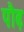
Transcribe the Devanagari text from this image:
पौढ़